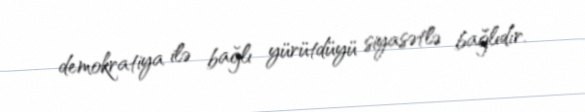
demokratiya ilə bağlı yürütdüyü siyasətlə bağlıdır.